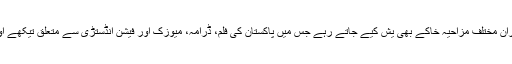
تریب کے دوران چاروں درجہ بندیوں میں ایوارڈز کی تقسیم کے دوران مختلف مزاحیہ خاکے بھی یش کیے جاتے رہے جس میں پاکستان کی فلم، ڈرامہ، میوزک اور فیشن انڈستڑی سے متعلق تیکھے اور طنزیہ جملے شامل تھے جس سے حاضرین محظوظ ہوتے رہے۔